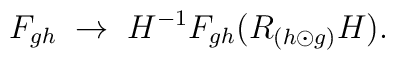
F_{gh} \; \rightarrow \; H^{-1} F_{gh}(R_{(h \odot g)} H).